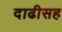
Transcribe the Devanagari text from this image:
दाढीसह